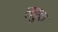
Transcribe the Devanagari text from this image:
लहुक